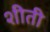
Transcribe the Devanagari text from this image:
शीती